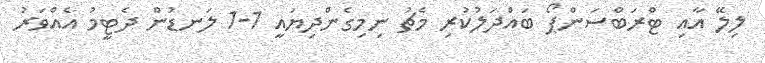
ލިލޭ އާއި ޓްރަބްސަންޕޯ ބައްދަލުކުރި މެޗު ނިމިގެންދިޔައީ 1-1 ލަނޑުން ދެޓީމު އެއްވަރު